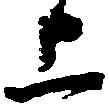
上